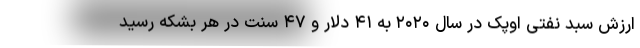
ارزش سبد نفتی اوپک در سال ۲۰۲۰ به ۴۱ دلار و ۴۷ سنت در هر بشکه رسید